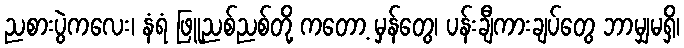
ညစားပွဲကလေး၊ နံရံ ဖြူညစ်ညစ်တို့ ကတော့ မှန်တွေ၊ ပန်းချီကားချပ်တွေ ဘာမျှမရှိ၊